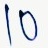
Text: 10